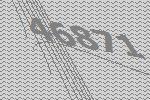
46871